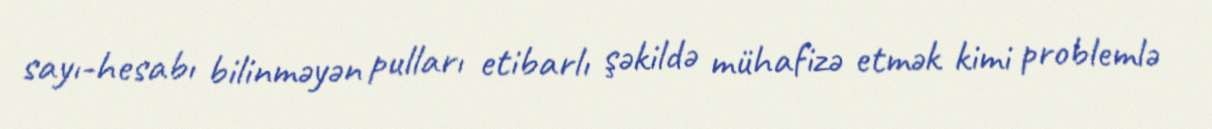
sayı-hesabı bilinməyən pulları etibarlı şəkildə mühafizə etmək kimi problemlə